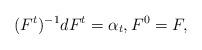
LaTeX: \begin{align*} (F^t)^{-1}d F^t = \alpha_t, F^{0} =F, \end{align*}